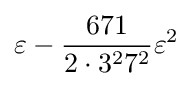
\varepsilon -{\frac {671}{2\cdot 3^{2}7^{2}}}\varepsilon ^{2}